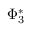
\Phi _ { 3 } ^ { * }